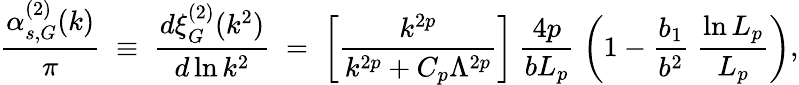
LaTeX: \frac{\alpha_{s,G}^{(2)}(k)}{\pi}\; \equiv\; \frac{d\xi_{G}^{(2)}(k^{2})}{d\ln k^{2}}\; =\; \left[\frac{k^{2p}}{k^{2p}+C_{p}\Lambda^{2p}}\right]\: \frac{4p}{bL_{p}}\; \left(1-\frac{b_{1}}{b^{2}}\; \frac{\ln L_{p}}{L_{p}}\right),